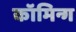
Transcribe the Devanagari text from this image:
कॉमिन्ग